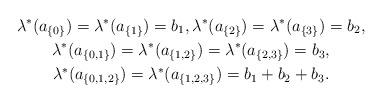
LaTeX: \begin{gather*}\lambda^*(a_{\{0\}})=\lambda^*(a_{\{1\}})=b_1,\lambda^*(a_{\{2\}})=\lambda^*(a_{\{3\}})=b_2,\\\lambda^*(a_{\{0,1\}})=\lambda^*(a_{\{1,2\}})=\lambda^*(a_{\{2,3\}})=b_3,\\\lambda^*(a_{\{0,1,2\}})=\lambda^*(a_{\{1,2,3\}})=b_1+b_2+b_3.\end{gather*}